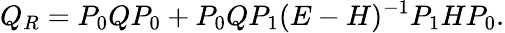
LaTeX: Q_{R}=P_{0}QP_{0}+P_{0}QP_{1}(E-H)^{-1}P_{1}HP_{0}.